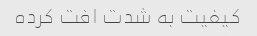
کیفیت به شدت افت کرده